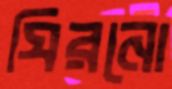
ঘিরনো